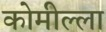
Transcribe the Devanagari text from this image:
कोमील्ला